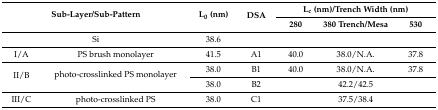
<table><thead><tr><td rowspan="2" colspan="2"><b>Sub-Layer/Sub-Pattern</b></td><td rowspan="2"><b>L<sub>0</sub> (nm)</b></td><td rowspan="2"><b>DSA</b></td><td colspan="3"><b>L<sub>c</sub> (nm)/Trench Width (nm)</b></td></tr><tr><td><b>280</b></td><td><b>380 Trench/Mesa</b></td><td><b>530</b></td></tr></thead><tbody><tr><td colspan="2">Si</td><td>38.6</td><td></td><td></td><td></td><td></td></tr><tr><td>I/A</td><td>PS brush monolayer</td><td>41.5</td><td>A1</td><td>40.0</td><td>38.0/N.A.</td><td>37.8</td></tr><tr><td rowspan="2">II/B</td><td rowspan="2">photo-crosslinked PS monolayer</td><td>38.0</td><td>B1</td><td>40.0</td><td>38.0/N.A.</td><td>37.8</td></tr><tr><td>38.0</td><td>B2</td><td></td><td>42.2/42.5</td><td></td></tr><tr><td>III/C</td><td>photo-crosslinked PS</td><td>38.0</td><td>C1</td><td></td><td>37.5/38.4</td><td></td></tr></tbody></table>